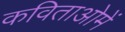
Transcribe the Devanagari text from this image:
कविताओमें